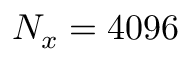
N _ { x } = 4 0 9 6